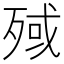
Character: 𣨤